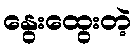
နွေးထွေးတဲ့